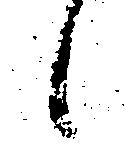
候